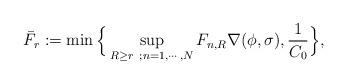
LaTeX: \begin{align*}\bar F_r := \min\Big\{\sup_{R\geq r~; n=1,\cdots,N} F_{n,R} \nabla(\phi,\sigma),\frac{1}{C_0}\Big\},\end{align*}